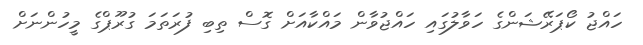
ހައްޖު ކޯޕަރޭޝަންގެ ހަވާލުގައި ހައްޖުވާން މައްކާއަށް ގޮސް ތިބި ފުރަތަމަ ގުރޫޕްގެ މީހުންނަށް